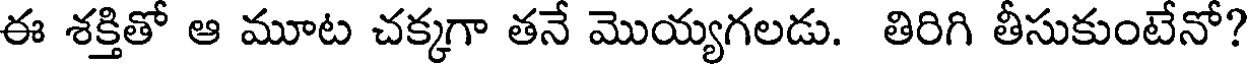
ఈ శక్తితో ఆ మూట చక్కగా తనే మొయ్యగలడు. తిరిగి తీసుకుంటేనో?